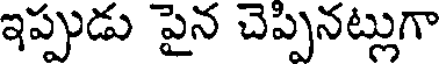
ఇప్పుడు పైన చెప్పినట్లుగా